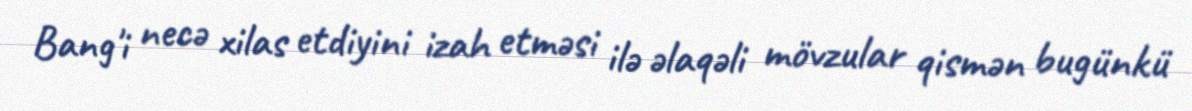
Bang'i necə xilas etdiyini izah etməsi ilə əlaqəli mövzular qismən bugünkü